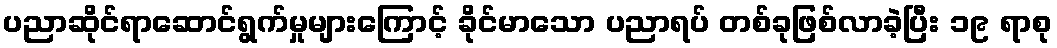
ပညာဆိုင်ရာဆောင်ရွက်မှုများကြောင့် ခိုင်မာသော ပညာရပ် တစ်ခုဖြစ်လာခဲ့ပြီး ၁၉ ရာစု